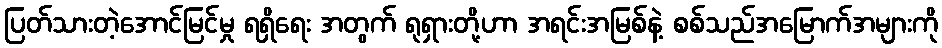
ပြတ်သားတဲ့အောင်မြင်မှု ရရှိရေး အတွက် ရုရှားတို့ဟာ အရင်းအမြစ်နဲ့ စစ်သည်အမြောက်အများကို